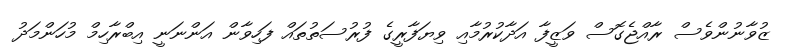
ޒުވާނުންވެސް ރާއްޖެގޮސް ވަޒީފާ އަދާކުރުމާއި ވިޔަފާރީގެ ފުރުސަތުތައް ފަހިވާން އަންނަނީ އިބްރާހިމް މުހަންމަދު